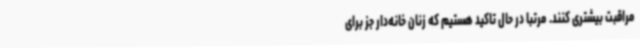
مراقبت بیشتری کنند. مرتبا در حال تاکید هستیم که زنان خانه‌دار جز برای